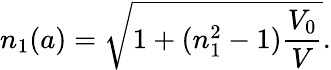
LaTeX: n_{1}(a)=\sqrt{1+(n_{1}^{2}-1)\frac{V_{0}}{V}}.